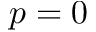
p = 0